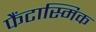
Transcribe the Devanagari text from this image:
फैंटास्मिक